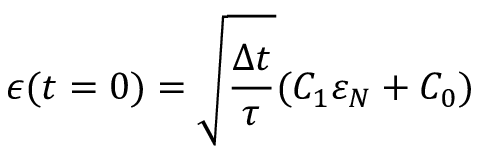
\epsilon ( t = 0 ) = \sqrt { \frac { \Delta t } { \tau } } ( C _ { 1 } \varepsilon _ { N } + C _ { 0 } )